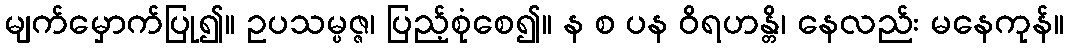
မျက်မှောက်ပြု၍။ ဥပသမ္ပဇ္ဇ၊ ပြည့်စုံစေ၍။ န စ ပန ဝိရဟန္တိ၊ နေလည်း မနေကုန်။